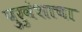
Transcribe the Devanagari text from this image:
पुरुवंशाचा